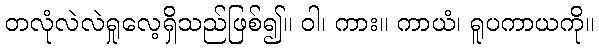
တလုံလဲလဲရှုလေ့ရှိသည်ဖြစ်၍။ ဝါ၊ ကား။ ကာယံ၊ ရူပကာယကို။